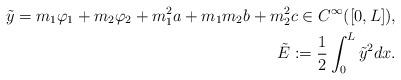
LaTeX: \begin{align*}\tilde y =m_1\varphi_1+m_2\varphi_2+m_1^2 a+m_1m_2 b+ m_2^2 c \in C^\infty([0,L]),\\\tilde E :=\frac{1}{2}\int_0^L \tilde y ^2 dx.\end{align*}